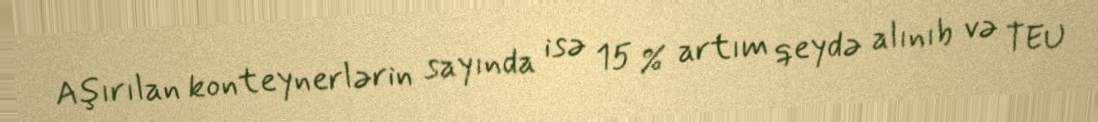
Aşırılan konteynerlərin sayında isə 15 % artım qeydə alınıb və TEU